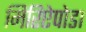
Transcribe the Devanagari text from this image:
मिरिऐपोडा